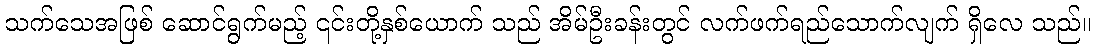
သက်သေအဖြစ် ဆောင်ရွက်မည့် ၎င်းတို့နှစ်ယောက် သည် အိမ်ဦးခန်းတွင် လက်ဖက်ရည်သောက်လျက် ရှိလေ သည်။